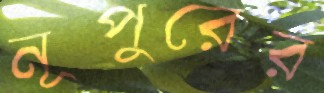
নূপুরের